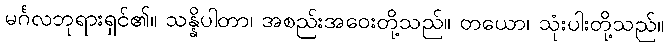
မင်္ဂလဘုရားရှင်၏။ သန္နိပါတာ၊ အစည်းအဝေးတို့သည်။ တယော၊ သုံးပါးတို့သည်။